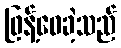
ဖြန့်ဝေခဲ့သည်